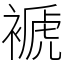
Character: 褫